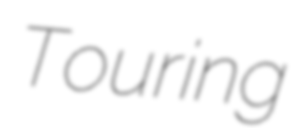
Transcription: Touring